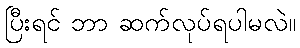
ပြီးရင် ဘာ ဆက်လုပ်ရပါမလဲ။